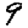
Digit: 9